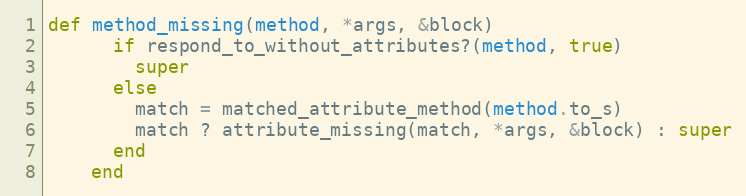
Language: Ruby
def method_missing(method, *args, &block)
      if respond_to_without_attributes?(method, true)
        super
      else
        match = matched_attribute_method(method.to_s)
        match ? attribute_missing(match, *args, &block) : super
      end
    end